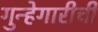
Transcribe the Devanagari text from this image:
गुन्हेगारीची